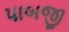
પાબજી